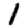
Digit: 1